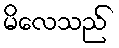
မိလေသည်